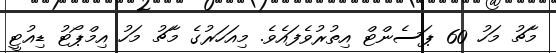
މާޗު މަހު 60 ޕަސެންޓް އިތުރުވެފައެވެ. މިއަހަރުގެ މާޗު މަހު އިމްޕޯޓު ޑިއުޓީ